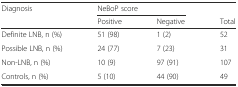
<table><thead><tr><td><b>Diagnosis</b></td><td colspan="2"><b>NeBoP score</b></td><td></td></tr><tr><td></td><td><b>Positive</b></td><td><b>Negative</b></td><td><b>Total</b></td></tr></thead><tbody><tr><td>Definite LNB, n (%)</td><td>51 (98)</td><td>1 (2)</td><td>52</td></tr><tr><td>Possible LNB, n (%)</td><td>24 (77)</td><td>7 (23)</td><td>31</td></tr><tr><td>Non-LNB, n (%)</td><td>10 (9)</td><td>97 (91)</td><td>107</td></tr><tr><td>Controls, n (%)</td><td>5 (10)</td><td>44 (90)</td><td>49</td></tr></tbody></table>